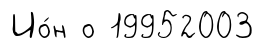
Ио́н о 19952003